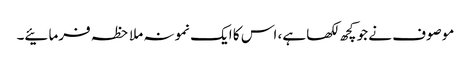
موصوف نے جو کچھ لکھا ہے، اس کا ایک نمونہ ملاحظہ فرمائیے۔